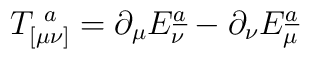
T_{[\mu\nu]}^{\ a} =\partial_{\mu}E^{\underline{a}}_{\nu} - \partial_{\nu}E^{\underline{a}}_{\mu}